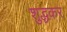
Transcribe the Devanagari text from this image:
शुद्धकर